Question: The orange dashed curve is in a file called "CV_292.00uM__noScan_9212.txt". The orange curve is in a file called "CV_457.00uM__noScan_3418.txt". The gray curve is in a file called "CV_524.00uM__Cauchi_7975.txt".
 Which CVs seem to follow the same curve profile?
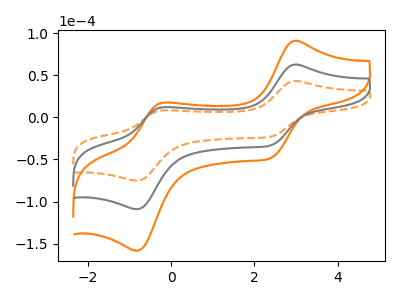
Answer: <think>The orange dashed curve "292.00uM" has anodic peaks at (2.95V, 43.15uA) (-0.20V, 8.30uA) and cathodic peaks at (2.40V, -22.85uA) (-0.80V, -75.10uA). The orange curve "457.00uM" has anodic peaks at (2.95V, 125.30uA) (-0.20V, 24.05uA) and cathodic peaks at (2.40V, -66.30uA) (-0.80V, -218.05uA). The gray curve "524.00uM" has anodic peaks at (2.95V, 62.65uA) (-0.20V, 12.00uA) and cathodic peaks at (2.40V, -33.15uA) (-0.80V, -109.00uA).
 All the peaks in "292.00uM" have a peak in "457.00uM" at the same potential. Every peak in "292.00uM" is lower than every peak in "457.00uM". All the peaks in "292.00uM" have a peak in "524.00uM" at the same potential. Every peak in "292.00uM" is lower than every peak in "524.00uM". All the peaks in "457.00uM" have a peak in "524.00uM" at the same potential. Every peak in "457.00uM" is higher than every peak in "524.00uM".</think>
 <answer>"292.00uM", "457.00uM" and "524.00uM" have the same shape and are likely CV's of the same chemical.</answer>
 <eval>"292.00uM" "457.00uM" "524.00uM"</eval>